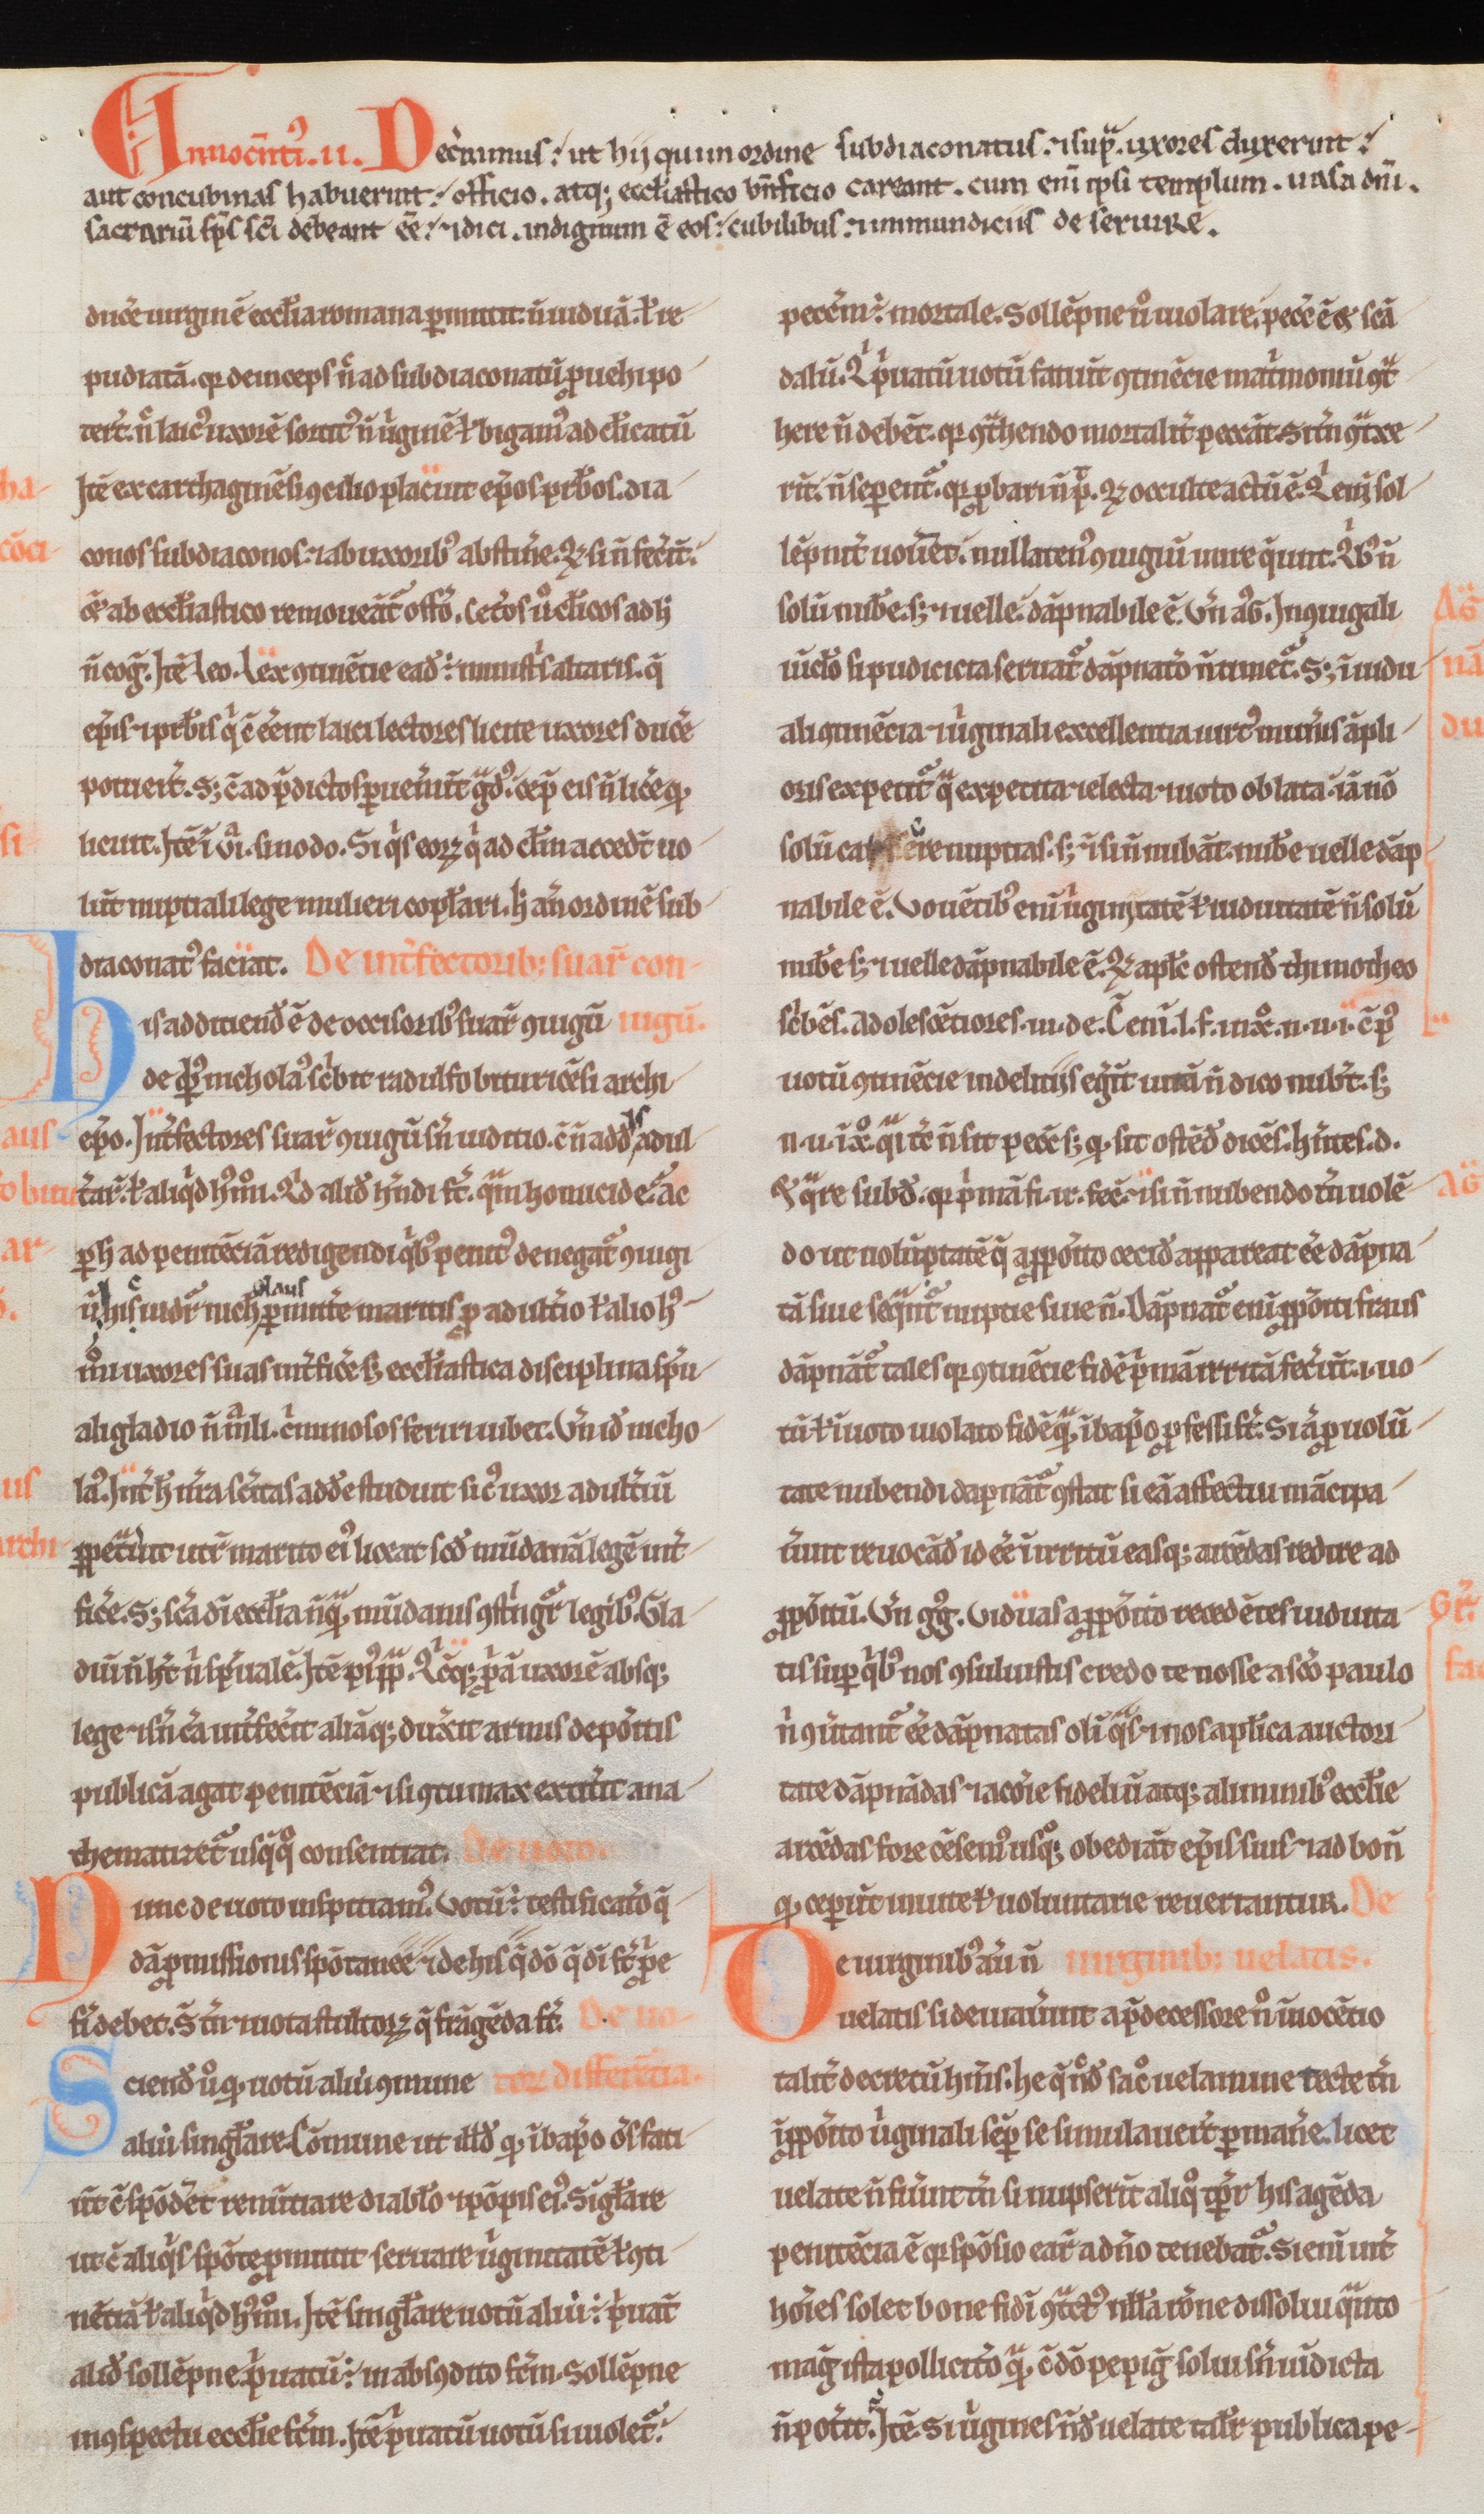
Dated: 1180–1190